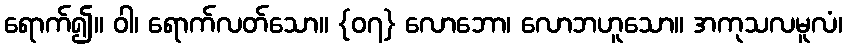
ရောက်၍။ ဝါ၊ ရောက်လတ်သော။ {၀၇} လောဘော၊ လောဘဟူသော။ အကုသလမူလံ၊